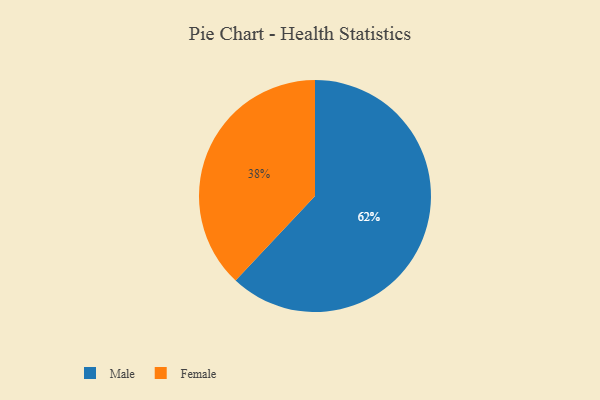
{"axis": {"x": "Category", "y": "Percentage"}, "legend": ["Female", "Male"], "data": [{"x": "Female", "y": 38, "type": "Female"}, {"x": "Male", "y": 62, "type": "Male"}]}